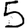
Digit: 5